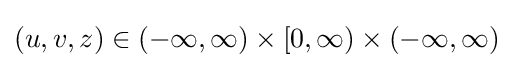
(u,v,z)\in (-\infty ,\infty )\times [0,\infty )\times (-\infty ,\infty )